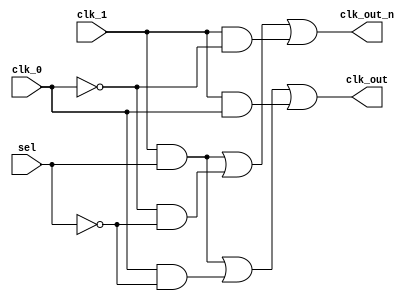

/**********************************************************************/
/*                                                                    */
/*             -------                                                */
/*            /   SOC  \                                              */
/*           /    GEN   \                                             */
/*          /     LIB    \                                            */
/*          ==============                                            */
/*          |            |                                            */
/*          |____________|                                            */
/*                                                                    */
/*  Generic model for a glicthless differential test mux              */
/*                                                                    */
/*                                                                    */
/*  Author(s):                                                        */
/*      - John Eaton, jt_eaton@opencores.org                          */
/*                                                                    */
/**********************************************************************/
/*                                                                    */
/*    Copyright (C) <2010>  <Ouabache Design Works>                   */
/*                                                                    */
/*  This source file may be used and distributed without              */
/*  restriction provided that this copyright statement is not         */
/*  removed from the file and that any derivative work contains       */
/*  the original copyright notice and the associated disclaimer.      */
/*                                                                    */
/*  This source file is free software; you can redistribute it        */
/*  and/or modify it under the terms of the GNU Lesser General        */
/*  Public License as published by the Free Software Foundation;      */
/*  either version 2.1 of the License, or (at your option) any        */
/*  later version.                                                    */
/*                                                                    */
/*  This source is distributed in the hope that it will be            */
/*  useful, but WITHOUT ANY WARRANTY; without even the implied        */
/*  warranty of MERCHANTABILITY or FITNESS FOR A PARTICULAR           */
/*  PURPOSE.  See the GNU Lesser General Public License for more      */
/*  details.                                                          */
/*                                                                    */
/*  You should have received a copy of the GNU Lesser General         */
/*  Public License along with this source; if not, download it        */
/*  from http://www.opencores.org/lgpl.shtml                          */
/*                                                                    */
/**********************************************************************/


module cde_clk_diff_testmux (

input  wire  sel,
input  wire  clk_0,
input  wire  clk_1,
output wire  clk_out,
output wire  clk_out_n

);

assign clk_out   =  ( clk_1 && sel) || ( clk_0 && (!sel)) || ( clk_1 &&  clk_0);
assign clk_out_n =  ( clk_1 && sel) || (!clk_0 && (!sel)) || ( clk_1 && !clk_0);
 
   
endmodule